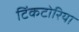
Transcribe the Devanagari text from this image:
टिंकटोरिया